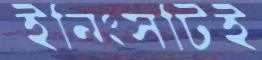
ইনিংসটিই